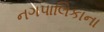
નગપાલિકાના